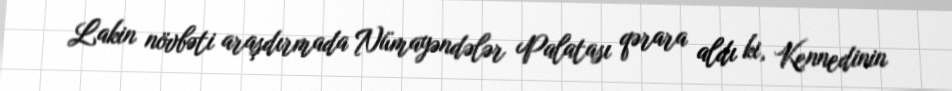
Lakin növbəti araşdırmada Nümayəndələr Palatası qərara aldı ki, Kennedinin